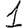
Digit: 1